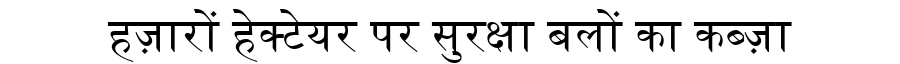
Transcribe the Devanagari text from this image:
हज़ारों हेक्टेयर पर सुरक्षा बलों का कब्ज़ा